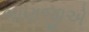
ભાણજીએ